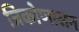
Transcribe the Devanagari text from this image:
त्रिकोणासन